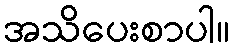
အသိပေးစာပါ။